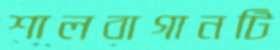
শালবাগানটি